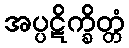
အပ္ပဋိက္ခိတ္တံ